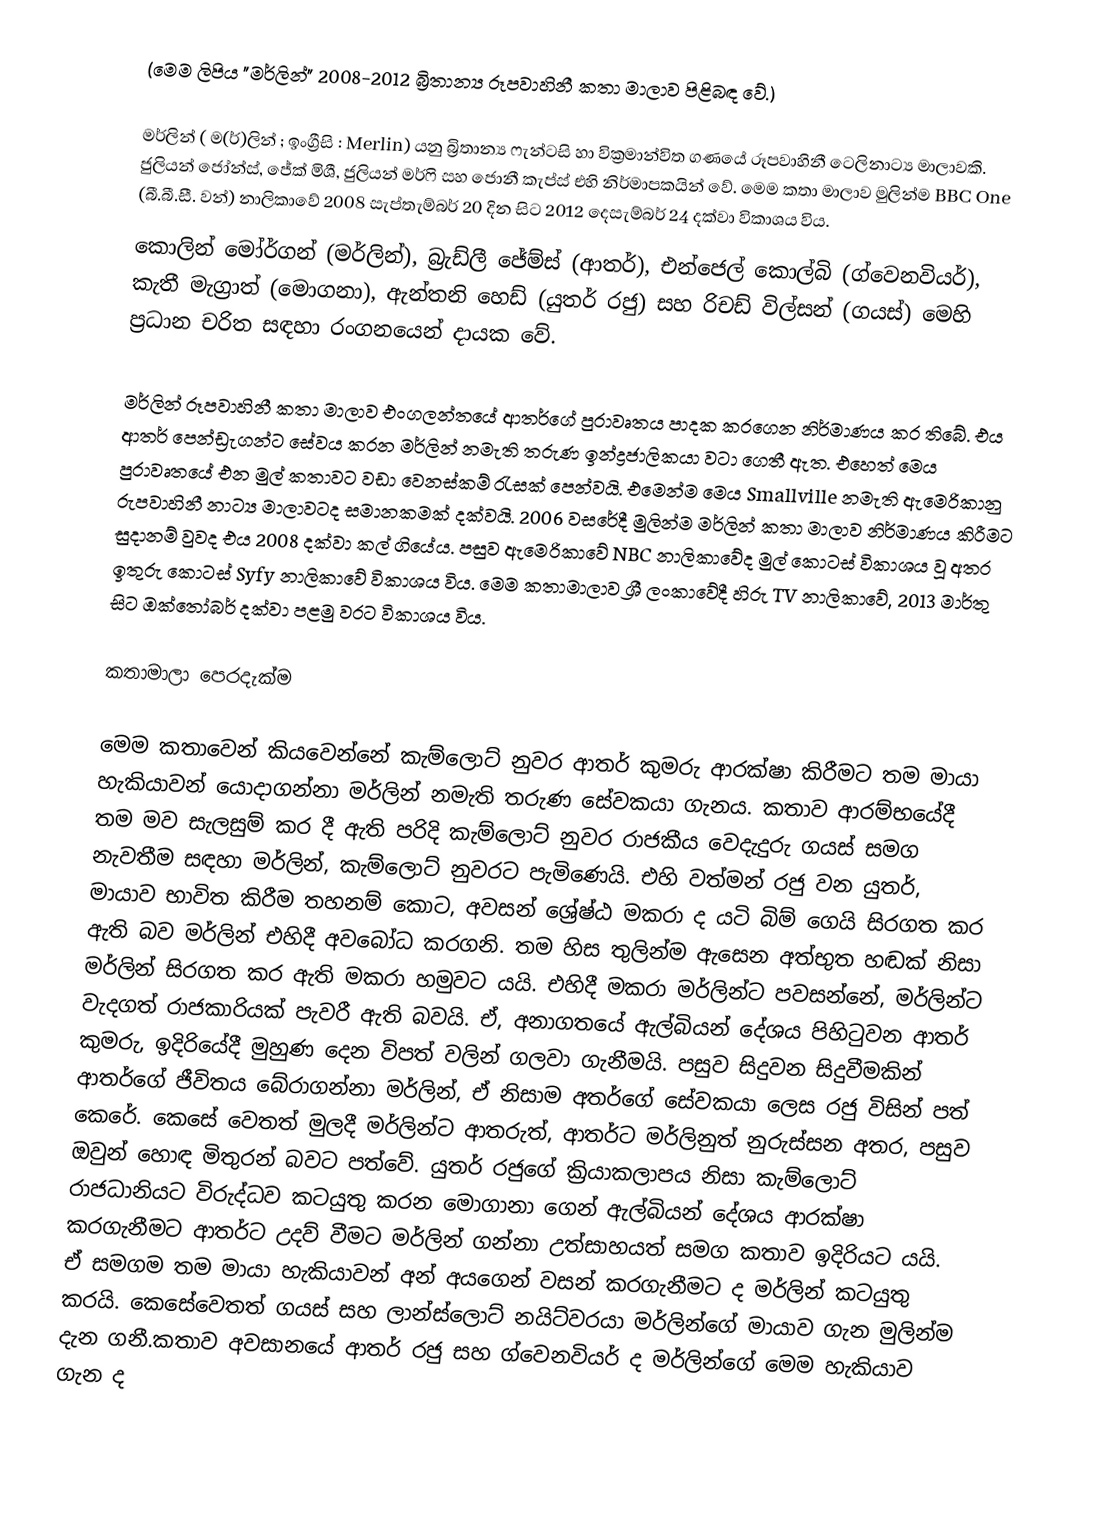
(මෙම ලිපිය "මර්ලින්" 2008-2012 බ්‍රිතාන්‍ය රූපවාහිනී කතා මාලාව පිළිබඳ වේ.)

මර්ලින් ( ම(ර්)ලින් ; ඉංග්‍රීසි : Merlin) යනු බ්‍රිතාන්‍ය ෆැන්ටසි හා වික්‍රමාන්විත ගණයේ රූපවාහිනී ටෙලිනාට්‍ය මාලාවකි. ජුලියන් ජෝන්ස්, ජේක් මිශී, ජුලියන් මර්ෆි සහ ජොනී කැප්ස් එහි නිර්මාපකයින් වේ. මෙම කතා මාලාව මුලින්ම BBC One (බී.බී.සී. වන්) නාලිකාවේ 2008 සැප්තැම්බර් 20 දින සිට 2012 දෙසැම්බර් 24 දක්වා විකාශය විය.
කොලින් මෝර්ගන් (මර්ලින්), බ්‍රැඩ්ලී ජේම්ස් (ආතර්), එන්ජෙල් කොල්බි (ග්වෙනවියර්), කැතී මැග්‍රාත් (මොගනා), ඇන්තනි හෙඩ් (යුතර් රජු) සහ රිචඩ් විල්සන් (ගයස්) මෙහි ප්‍රධාන චරිත සඳහා රංගනයෙන් දායක වේ.

මර්ලින් රූපවාහිනී කතා මාලාව එංගලන්තයේ ආතර්ගේ පුරාවෘතය පාදක කරගෙන නිර්මාණය කර තිබේ. එය ආතර් පෙන්ඩ්‍රැගන්ට සේවය කරන මර්ලින් නමැති තරුණ ඉන්ද්‍රජාලිකයා වටා ගෙතී ඇත. එහෙත් මෙය පුරාවෘතයේ එන මුල් කතාවට වඩා වෙනස්කම් රැසක් පෙන්වයි. එමෙන්ම මෙය Smallville නමැති ඇමෙරිකානු රුපවාහිනී නාට්‍ය මාලාවටද සමානකමක් දක්වයි. 2006 වසරේදී මුලින්ම මර්ලින් කතා මාලාව නිර්මාණය කිරීමට සුදානම් වුවද එය 2008 දක්වා කල් ගියේය. පසුව ඇමෙරිකාවේ NBC නාලිකාවේද මුල් කොටස් විකාශය වූ අතර ඉතුරු කොටස් Syfy නාලිකාවේ විකාශය විය. මෙම කතාමාලාව ශ්‍රී ලංකාවේදී හිරු TV නාලිකාවේ, 2013 මාර්තු සිට ඔක්තෝබර් දක්වා පළමු වරට විකාශය විය.

කතාමාලා පෙරදැක්ම

මෙම කතාවෙන් කියවෙන්නේ කැම්ලොට් නුවර ආතර් කුමරු ආරක්ෂා කිරීමට තම මායා හැකියාවන් යොදාගන්නා මර්ලින් නමැති තරුණ සේවකයා ගැනය. කතාව ආරම්භයේදී තම මව සැලසුම් කර දී ඇති පරිදි කැම්ලොට් නුවර රාජකීය වෙදැදුරු ගයස් සමග නැවතීම සඳහා මර්ලින්, කැම්ලොට් නුවරට පැමිණෙයි. එහි වත්මන් රජු වන යුතර්, මායාව භාවිත කිරීම තහනම් කොට, අවසන් ශ්‍රේෂ්ඨ මකරා ද යටි බිම් ගෙයි සිරගත කර ඇති බව මර්ලින් එහිදී අවබෝධ කරගනි. තම හිස තුලින්ම ඇසෙන අත්භුත හඬක් නිසා මර්ලින් සිරගත කර ඇති මකරා හමුවට යයි. එහිදී මකරා මර්ලින්ට පවසන්නේ, මර්ලින්ට වැදගත් රාජකාරියක් පැවරී ඇති බවයි. ඒ, අනාගතයේ ඇල්බියන් දේශය පිහිටුවන ආතර් කුමරු, ඉදිරියේදී මුහුණ දෙන විපත් වලින් ගලවා ගැනීමයි. පසුව සිදුවන සිදුවීමකින් ආතර්ගේ ජීවිතය බේරාගන්නා මර්ලින්, ඒ නිසාම අතර්ගේ සේවකයා ලෙස රජු විසින් පත් කෙරේ. කෙසේ වෙතත් මුලදී මර්ලින්ට ආතරුත්, ආතර්ට මර්ලිනුත් නුරුස්සන අතර, පසුව ඔවුන් හොඳ මිතුරන් බවට පත්වේ. යුතර් රජුගේ ක්‍රියාකලාපය නිසා කැම්ලොට් රාජධානියට විරුද්ධව කටයුතු කරන මොගානා ගෙන් ඇල්බියන් දේශය ආරක්ෂා කරගැනීමට ආතර්ට උදව් වීමට මර්ලින් ගන්නා උත්සාහයත් සමග කතාව ඉදිරියට යයි. ඒ සමගම තම මායා හැකියාවන් අන් අයගෙන් වසන් කරගැනීමට ද මර්ලින් කටයුතු කරයි. කෙසේවෙතත් ගයස් සහ ලාන්ස්ලොට් නයිට්වරයා මර්ලින්ගේ මායාව ගැන මුලින්ම දැන ගනී.කතාව අවසානයේ ආතර් රජු සහ ග්වෙනවියර් ද මර්ලින්ගේ මෙම හැකියාව ගැන ද